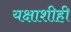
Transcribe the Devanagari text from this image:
यक्षाशीही